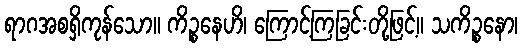
ရာဂအစရှိကုန်သော။ ကိဉ္စနေဟိ၊ ကြောင့်ကြခြင်းတို့ဖြင့်။ သကိဉ္စနော၊